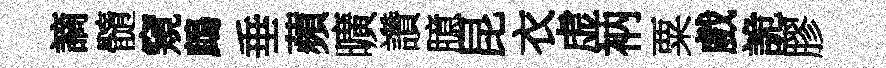
謫髓窺鷓垂蘋曠讚臆昆衣虚衲粟戲詭膠